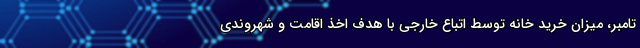
تامبر، میزان خرید خانه توسط اتباع خارجی با هدف اخذ اقامت و شهروندی